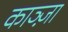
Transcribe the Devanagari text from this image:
काञ्ज़ा